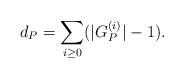
LaTeX: \begin{align*}d_P= \sum_{i\geq 0}(|G_P^{(i)}|-1).\end{align*}